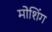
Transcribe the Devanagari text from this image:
मोशिंग